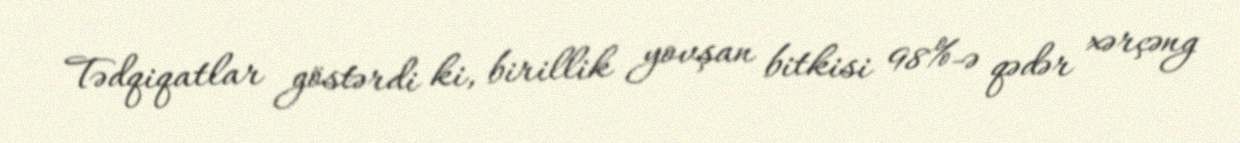
Tədqiqatlar göstərdi ki, birillik yovşan bitkisi 98%-ə qədər xərçəng